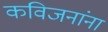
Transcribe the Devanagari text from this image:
कविजनांना